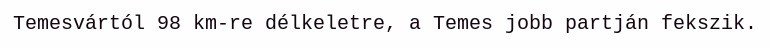
Temesvártól 98 km-re délkeletre, a Temes jobb partján fekszik.